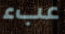
عبء